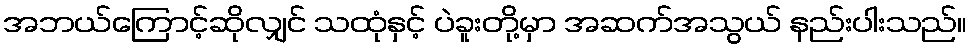
အဘယ်ကြောင့်ဆိုလျှင် သထုံနှင့် ပဲခူးတို့မှာ အဆက်အသွယ် နည်းပါးသည်။